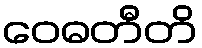
ဝေဓတီတိ